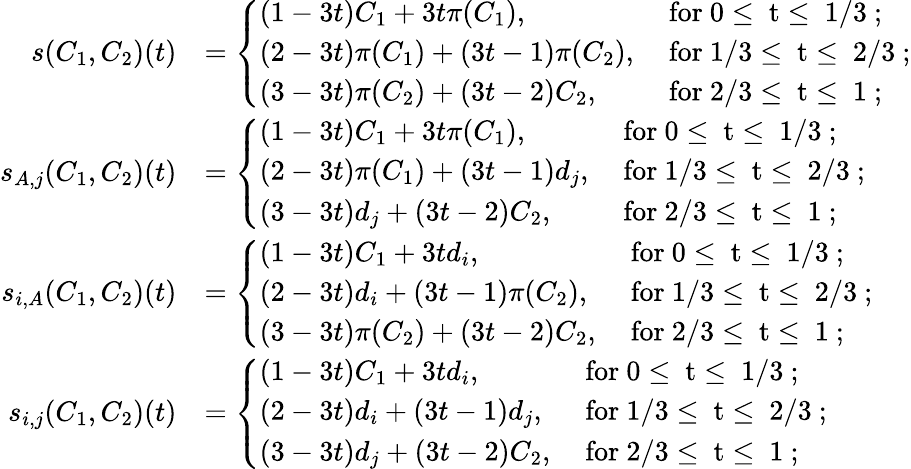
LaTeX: \begin{array}{rl}{s(C_{1},C_{2})(t)}&{=\left\{ \begin{array}{ll}{(1-3t)C_{1}+3t\pi(C_{1}),}&{\mathrm{~for~0\leq~t\leq~1/3~;}}\\ {(2-3t)\pi(C_{1})+(3t-1)\pi(C_{2}),}&{\mathrm{~for~1/3\leq~t\leq~2/3~;}}\\ {(3-3t)\pi(C_{2})+(3t-2)C_{2},}&{\mathrm{~for~2/3\leq~t\leq~1~;}}\end{array}\right.}\\ {s_{A,j}(C_{1},C_{2})(t)}&{=\left\{ \begin{array}{ll}{(1-3t)C_{1}+3t\pi(C_{1}),}&{\mathrm{~for~0\leq~t\leq~1/3~;}}\\ {(2-3t)\pi(C_{1})+(3t-1)d_{j},}&{\mathrm{~for~1/3\leq~t\leq~2/3~;}}\\ {(3-3t)d_{j}+(3t-2)C_{2},}&{\mathrm{~for~2/3\leq~t\leq~1~;}}\end{array}\right.}\\ {s_{i,A}(C_{1},C_{2})(t)}&{=\left\{ \begin{array}{ll}{(1-3t)C_{1}+3td_{i},}&{\mathrm{~for~0\leq~t\leq~1/3~;}}\\ {(2-3t)d_{i}+(3t-1)\pi(C_{2}),}&{\mathrm{~for~1/3\leq~t\leq~2/3~;}}\\ {(3-3t)\pi(C_{2})+(3t-2)C_{2},}&{\mathrm{~for~2/3\leq~t\leq~1~;}}\end{array}\right.}\\ {s_{i,j}(C_{1},C_{2})(t)}&{=\left\{ \begin{array}{ll}{(1-3t)C_{1}+3td_{i},}&{\mathrm{~for~0\leq~t\leq~1/3~;}}\\ {(2-3t)d_{i}+(3t-1)d_{j},}&{\mathrm{~for~1/3\leq~t\leq~2/3~;}}\\ {(3-3t)d_{j}+(3t-2)C_{2},}&{\mathrm{~for~2/3\leq~t\leq~1~;}}\end{array}\right.}\end{array}